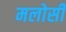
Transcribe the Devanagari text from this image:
मलोसी